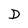
Character: D